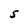
Character: S